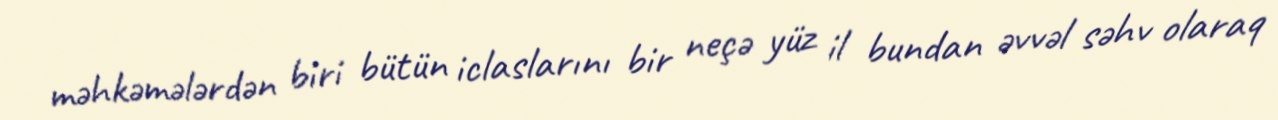
məhkəmələrdən biri bütün iclaslarını bir neçə yüz il bundan əvvəl səhv olaraq